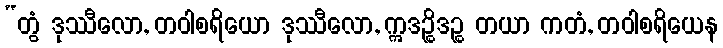
“တွံ ဒုဿီလော, တဝါစရိယော ဒုဿီလော, ဣဒဉ္စိဒဉ္စ တယာ ကတံ, တဝါစရိယေန